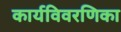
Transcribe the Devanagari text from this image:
कार्यविवरणिका